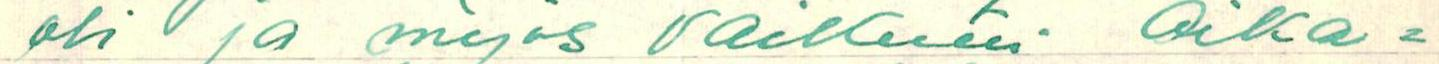
oli ja myös vaikutti aika=